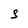
Character: S